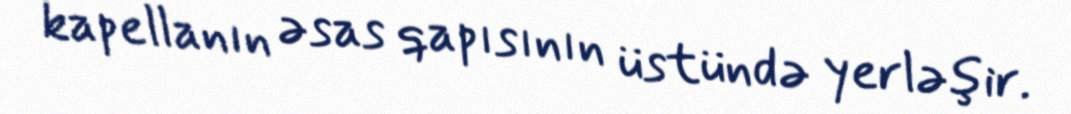
kapellanın əsas qapısının üstündə yerləşir.